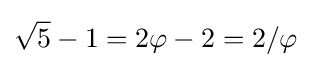
{\sqrt {5}}-1=2\varphi -2=2/\varphi